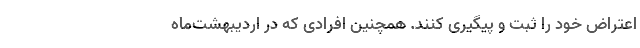
اعتراض خود را ثبت و پیگیری کنند. همچنین افرادی که در اردیبهشت‌ماه